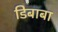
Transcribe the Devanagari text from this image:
डिबाबा